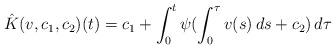
LaTeX: \begin{align*}\hat{K}(v,c_1,c_2)(t) = c_1 + \int_0^t \psi(\int_0^\tau v(s) \, ds + c_2)\, d\tau\end{align*}